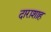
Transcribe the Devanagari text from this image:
दाराशाह